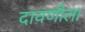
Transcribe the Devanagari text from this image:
दावणीला